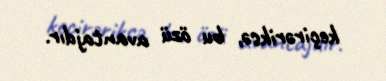
keçirəriksə, bu özü avantajdır.